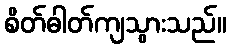
စိတ်ဓါတ်ကျသွားသည်။